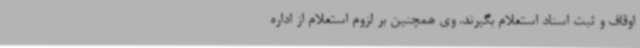
اوقاف و ثبت اسناد استعلام بگیرند. وی همچنین بر لزوم استعلام از اداره